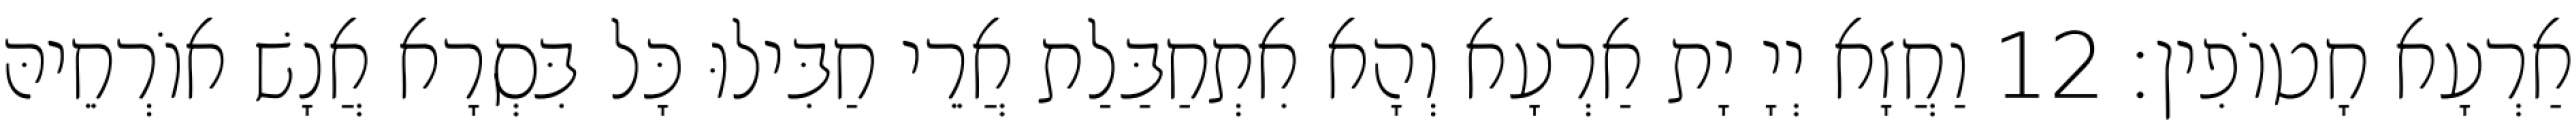
אַרְעָא חָטוֹפִין׃ 12 וַחֲזָא יְיָ יָת אַרְעָא וְהָא אִתְחַבַּלַת אֲרֵי חַבִּילוּ כָּל בִּסְרָא אֲנָשׁ אוֹרְחֵיהּ